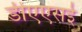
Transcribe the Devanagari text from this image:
डीएएसई